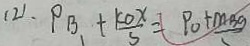
( 2 ) . P _ { B } . + \frac { k O X } { 5 } = P _ { 0 } + m B g